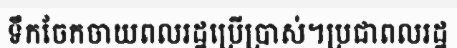
ទឹកចែកចាយពលរដ្ឋប្រើប្រាស់។ប្រជាពលរដ្ឋ